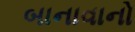
બાનાવાનો